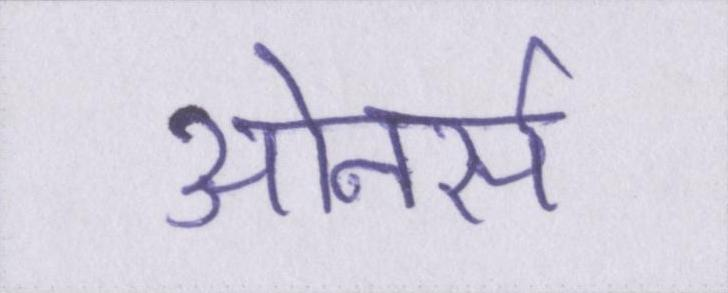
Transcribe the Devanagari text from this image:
ओनर्स